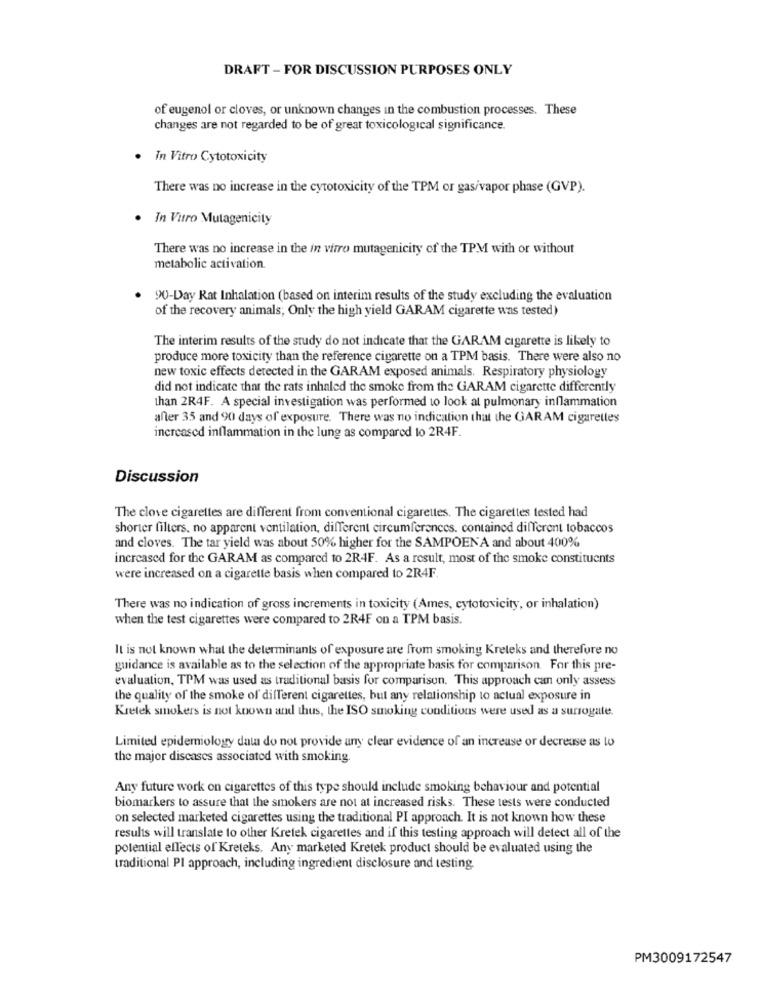
DRAFT - FOR DISCUSSION PURPOSES ONLY
of eugenol or cloves, or unknown changes in the combustion processes. These
changes are not regarded to be of great toxicological significance.
· In Vitro Cytotoxicity
There was no increase in the cytotoxicity of the TPM or gas/vapor phase (GVP).
. In Vitro Mutagenicity
There was no increase in the in vitro mutagenicity of the TPM with or without
metabolic activation.
90-Day Rat Inhalation (based on interim results of the study excluding the evaluation
of the recovery animals; Only the high yield GARAM cigarette was tested)
The interim results of the study do not indicate that the GARAM cigarette is likely to
produce more toxicity than the reference cigarette on a TPM basis. There were also no
new toxic effects detected in the GARAM exposed animals. Respiratory physiology
did not indicate that the rats inhaled the smoke from the GARAM cigarette differently
than 2R4F. A special investigation was performed to look at pulmonary inflammation
after 35 and 90 days of exposure. There was no indication that the GARAM cigarettes
increased inflammation in the lung as compared to 2R4F.
Discussion
The clove cigarettes are different from conventional cigarettes. The cigarettes tested had
shorter filters, no apparent ventilation, different circumferences. contained different tobaccos
and cloves. The tar yield was about 50% higher for the SAMPOENA and about 400%
increased for the GARAM as compared to 2R4F. As a result, most of the smoke constituents
were increased on a cigarette basis when compared to 2R4F.
There was no indication of gross increments in toxicity (Ames, cytotoxicity, or inhalation)
when the test cigarettes were compared to 2R4F on a TPM basis.
It is not known what the determinants of exposure are from smoking Kreteks and therefore no
guidance is available as to the selection of the appropriate basis for comparison. For this pre-
evaluation, TPM was used as traditional basis for comparison. This approach can only assess
the quality of the smoke of different cigarettes, but any relationship to actual exposure in
Kretek smokers is not known and thus, the ISO smoking conditions were used as a surrogate.
Limited epidemiology data do not provide any clear evidence of an increase or decrease as lo
the major diseases associated with smoking.
Any future work on cigarettes of this type should include smoking behaviour and potential
biomarkers to assure that the smokers are not at increased risks. These tests were conducted
on selected marketed cigarettes using the traditional PI approach. It is not known how these
results will translate to other Kretek cigarettes and if this testing approach will detect all of the
potential effects of Kreteks. Any marketed Kretek product should be evaluated using the
traditional PI approach, including ingredient disclosure and testing
PM3009172547